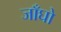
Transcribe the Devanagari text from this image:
जाँघो